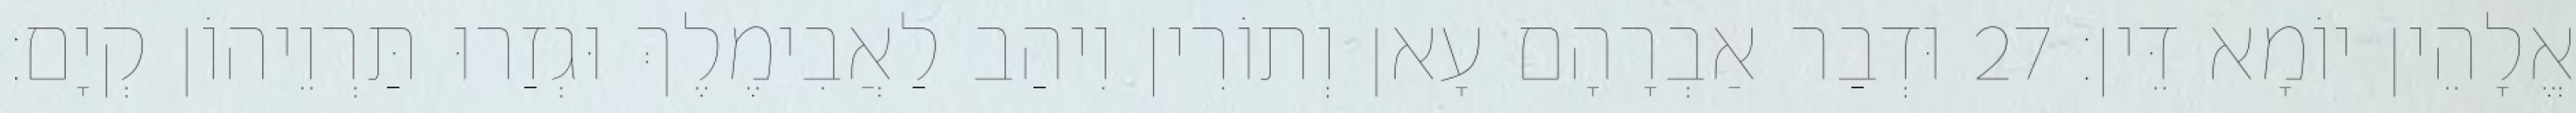
אֱלָהֵין יוֹמָא דֵּין׃ 27 וּדְבַר אַבְרָהָם עָאן וְתוֹרִין וִיהַב לַאֲבִימֶלֶךְ וּגְזַרוּ תַּרְוֵיהוֹן קְיָם׃